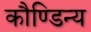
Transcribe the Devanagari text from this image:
कौण्डिन्य